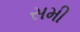
સમી